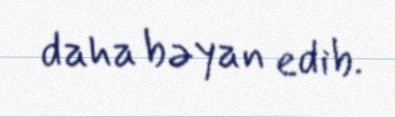
daha bəyan edib.